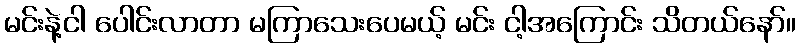
မင်းနဲ့ငါ ပေါင်းလာတာ မကြာသေးပေမယ့် မင်း ငါ့အကြောင်း သိတယ်နော်။